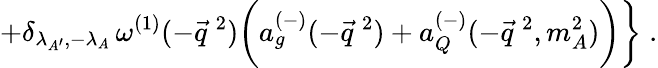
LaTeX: +\delta_{\lambda_{A^{\prime}},-\lambda_{A}}\, \omega^{(1)}(-\vec{q}^{\: 2})\biggl(a_{g}^{(-)}(-\vec{q}^{\: 2})+a_{Q}^{(-)}(-\vec{q}^{\: 2},m_{A}^{2})\biggr)\biggr\} \; .